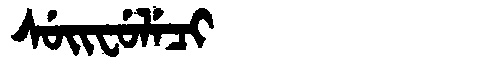
Manchu: ᠰᡠᡳᠸᡠᠯᡝᠴᡳ
Romanization: SUIFULECI